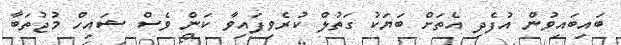
ބައިބައިވުން އުފެދި އެތަށް ބަޔަކު ގަތުލް ކުރެވިފައިވާ ކަން ވެސް ޝައިހް މުޖުތަބާ